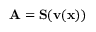
\mathbf { A } = \mathbf { S } ( \mathbf { v } ( \mathbf { x } ) )